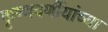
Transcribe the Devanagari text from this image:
कृष्णवर्णीयांच्या